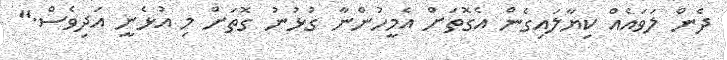
ދެން ލަވައެއް ކިޔާލައިގެން އެގޮތަށް އެމީހުންނާ ގުޅުނު ގޮތަށް މި އުޅެނީ އަދިވެސް."